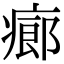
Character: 㾿